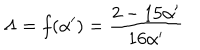
LaTeX: \Lambda = f ( { \alpha } ^ { \prime } ) = \frac { 2 - 1 5 { \alpha } ^ { \prime } } { 1 6 { \alpha } ^ { \prime } }